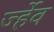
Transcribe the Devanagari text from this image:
र्ज्हेव